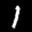
Label: 1